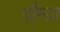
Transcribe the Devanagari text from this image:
पौम्ज़